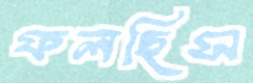
ফলছিস